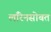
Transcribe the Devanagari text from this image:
लॉरेनसोबत